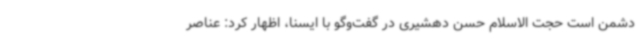
دشمن است حجت الاسلام حسن دهشیری در گفت‌وگو با ایسنا، اظهار کرد: عناصر